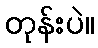
တုန်းပဲ။